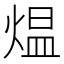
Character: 煴